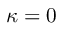
\kappa = 0